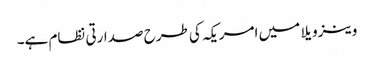
وینزویلا میں امریکہ کی طرح صدارتی نظام ہے۔